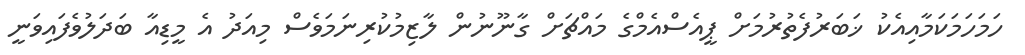
ހަމަހަމަކަމާއިއެކު ޚަބަރުފެތުރުމަށް ޕީއެސްއެމްގެ މައްޗަށް ގާނޫނުން ލާޒިމުކުރިނަމަވެސް މިއަދު އެ މީޑިއާ ބަދަލުވެފައިވަނީ